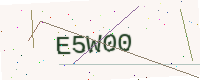
Text: E5W00